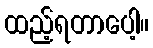
ထည့်ရတာပေါ့။